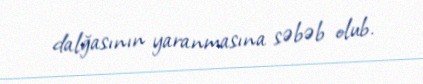
dalğasının yaranmasına səbəb olub.